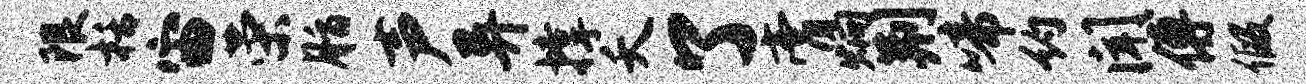
限栝宙荣脂声异撑夭了膏炯荆啼约闻傅假